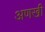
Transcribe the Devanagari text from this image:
अणखी